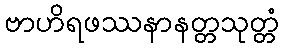
ဗာဟိရဖဿနာနတ္တသုတ္တံ